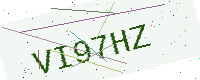
Text: VI97HZ